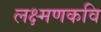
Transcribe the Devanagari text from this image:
लक्ष्मणकवि